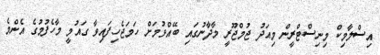
އިސްލާމިކް މިނިސްޓްރީން މިއަދު ޖުމްޖޫރީ މާދާނުގައި ބޭއްވުމަށް ހަމަޖެހިފައިވާ ގައުމީ މާހެފުމުގެ އެންމެ